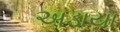
અડાયા